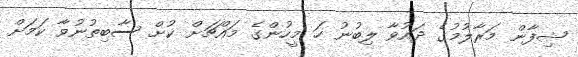
ޝިފާން މަރާލުމުގެ ދައުވާ ލިބުނު ހަ މީހުންގެ މައްޗަށް ކުށް ސާބިތުނުވާ ކަމަށް